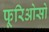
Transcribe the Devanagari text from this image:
फूरिओसो